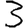
Digit: 3